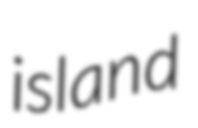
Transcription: island